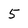
Character: 5